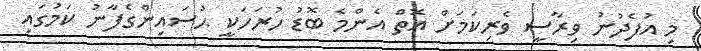
މި އުފެދުނު ވިރާސީ ވެރިކަމަށް އޮތް އެންމެ ބޮޑު ހުރަހަކީ ޙުސައިންގެފާނު ކަމުގައި